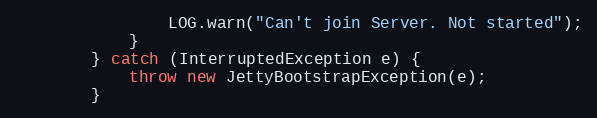
Language: Java
                LOG.warn("Can't join Server. Not started");
            }
        } catch (InterruptedException e) {
            throw new JettyBootstrapException(e);
        }